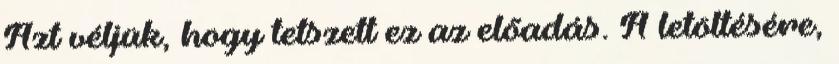
Azt véljük, hogy tetszett ez az előadás. A letöltésére,